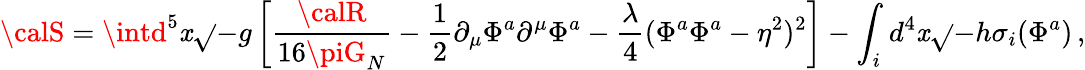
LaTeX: {\calS}=\intd^{5}\mathit{x}\sqrt{}{{-g}}\left[{\frac{{\calR}}{{16\piG_{N}}}}-{\frac{{1}}{{2}}}\partial_{\mu}\Phi^{a}\partial^{\mu}\Phi^{a}-{\frac{{\lambda}}{{4}}}(\Phi^{a}\Phi^{a}-\eta^{2})^{2}\right]-\int_{i}d^{4}\mathit{x}\sqrt{}{{-h}}\sigma_{i}(\Phi^{a})\, ,